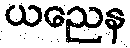
ယညေန